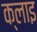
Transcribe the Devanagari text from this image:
क्लाइ